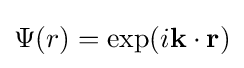
\Psi (r)=\exp(i\mathbf {k\cdot r} )